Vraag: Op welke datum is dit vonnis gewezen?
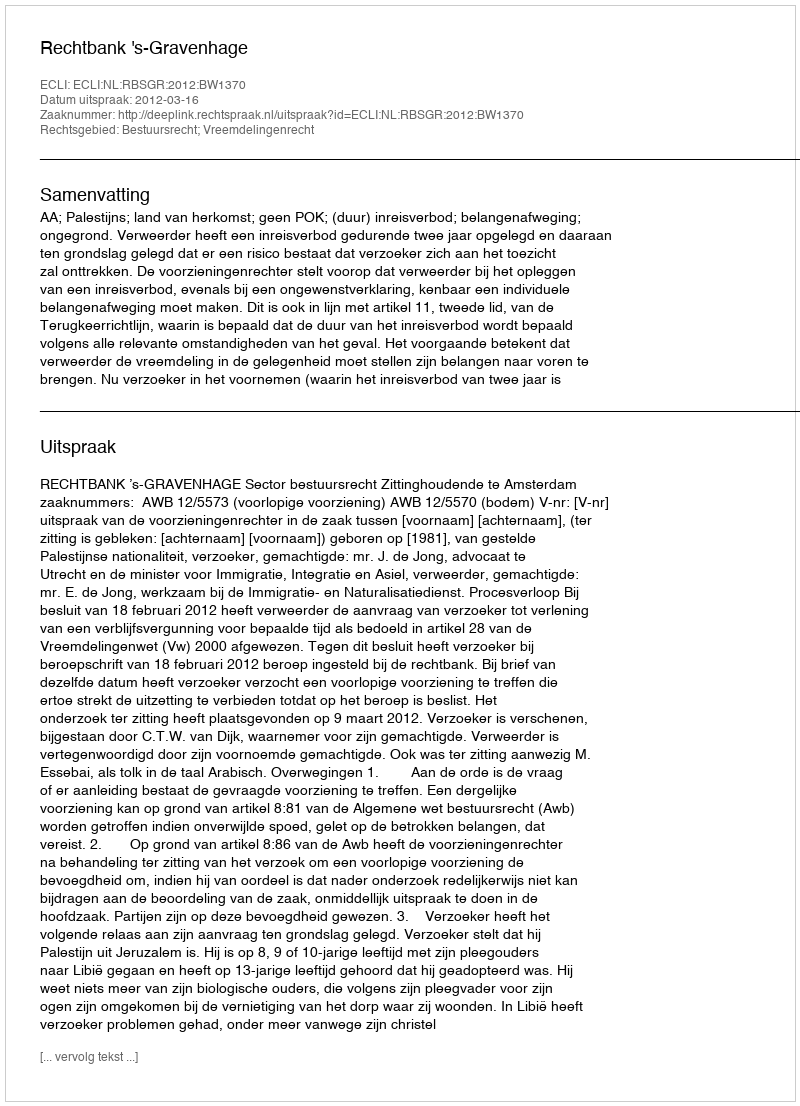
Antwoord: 2012-03-16